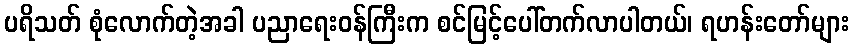
ပရိသတ် စုံလောက်တဲ့အခါ ပညာရေးဝန်ကြီးက စင်မြင့်ပေါ်တက်လာပါတယ်၊ ရဟန်းတော်များ